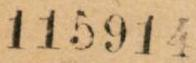
115914